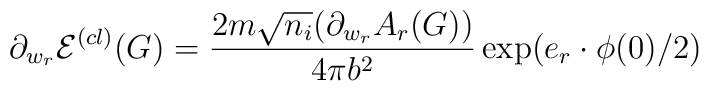
\partial _{w_{r}}\mathcal{E}^{(cl)}(G)=\frac{2m\sqrt{n_{i}}(\partial_{w_{r}}A_{r}(G))}{4\pi b^{2}}\exp (e_{r}\cdot \phi (0)/2)